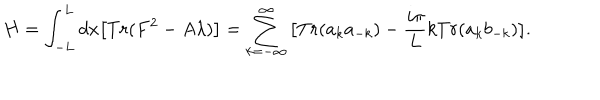
H = \int _ { - L } ^ { L } d x \big [ T r ( F ^ { 2 } - A \lambda ) \big ] = \sum _ { k = - \infty } ^ { \infty } \big [ T r ( a _ { k } a _ { - k } ) - { \frac { i \pi } { L } } k T r ( a _ { k } b _ { - k } ) \big ] .